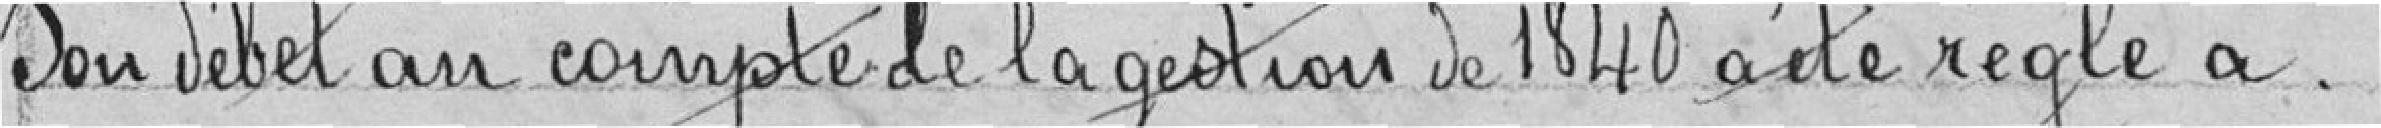
Son débet au compte de la gestion de 1840 a été réglé à